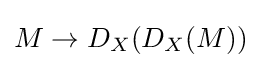
M\to D_{X}(D_{X}(M))